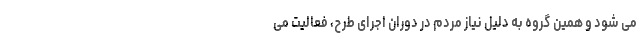
می شود و همین گروه به دلیل نیاز مردم در دوران اجرای طرح، فعالیت می